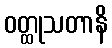
ဝတ္ထုသတာနိ